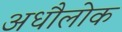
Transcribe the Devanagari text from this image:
अधौलोक